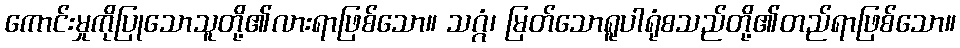
ကောင်းမှုကိုပြုသောသူတို့၏လားရာဖြစ်သော။ သဂ္ဂံ၊ မြတ်သောရူပါရုံစသည်တို့၏တည်ရာဖြစ်သော။